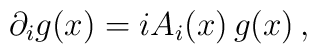
\partial_i g(x) = i A_i(x) \, g(x) \,,